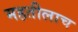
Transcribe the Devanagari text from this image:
महतीलाच